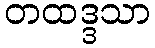
တထဒ္ဒသာ